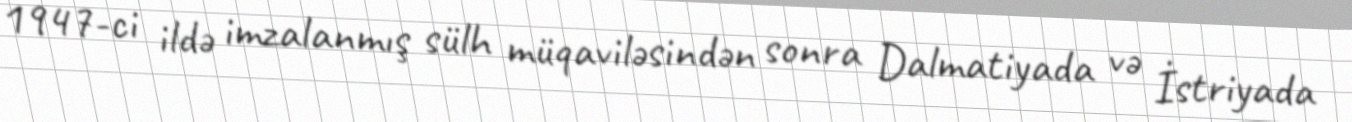
1947-ci ildə imzalanmış sülh müqaviləsindən sonra Dalmatiyada və İstriyada